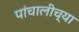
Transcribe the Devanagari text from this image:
पांचालीच्या